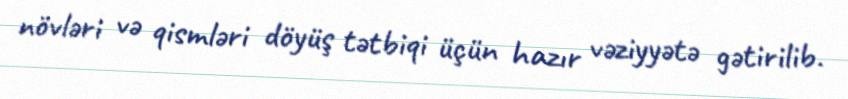
növləri və qismləri döyüş tətbiqi üçün hazır vəziyyətə gətirilib.